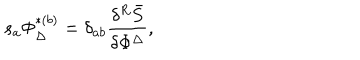
LaTeX: s _ { a } \Phi _ { \Delta } ^ { * ( b ) } = \delta _ { a b } \frac { \delta ^ { R } \bar { S } } { \delta \Phi ^ { \Delta } } ,